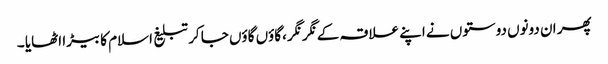
پھر ان دونوں دوستوں نے اپنے علاقہ کے نگر نگر ،گاؤں گاؤں جا کر تبلیغ اسلام کا بیڑا اٹھایا ۔